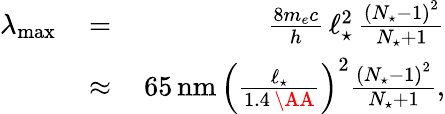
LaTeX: \begin{array}{rlr}{\lambda_{\mathrm{max}}\, }&{=}&{\, \frac{8m_{e}c}{h}\, \ell_{\star}^{2}\, \frac{\left(N_{\star}-1\right)^{2}}{N_{\star}+1}}\\ &{\approx}&{\, 65\, \mathrm{nm}\, \left(\frac{\ell_{\star}}{1.4\, \AA}\right)^{2}\frac{\left(N_{\star}-1\right)^{2}}{N_{\star}+1},}\end{array}